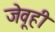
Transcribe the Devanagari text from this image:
जेवूही